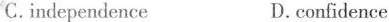
C.independence D. confidence